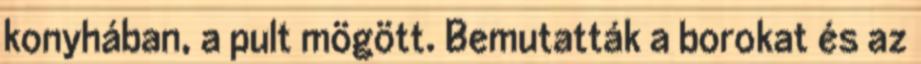
konyhában, a pult mögött. Bemutatták a borokat és az